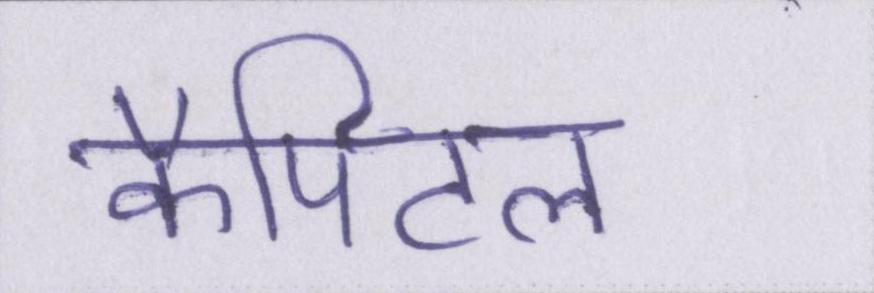
कैपिटल